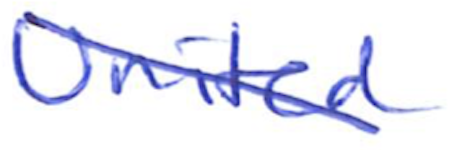
Text: United
Cross-out: diagonal
Writing tool: ballpoint